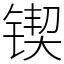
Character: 锲